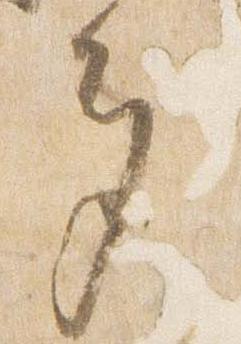
多